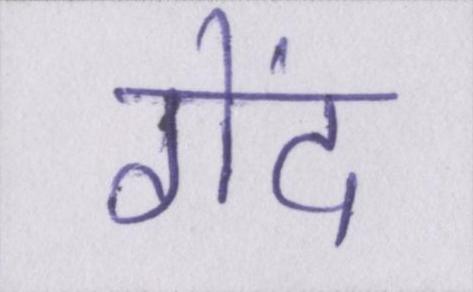
गेंद